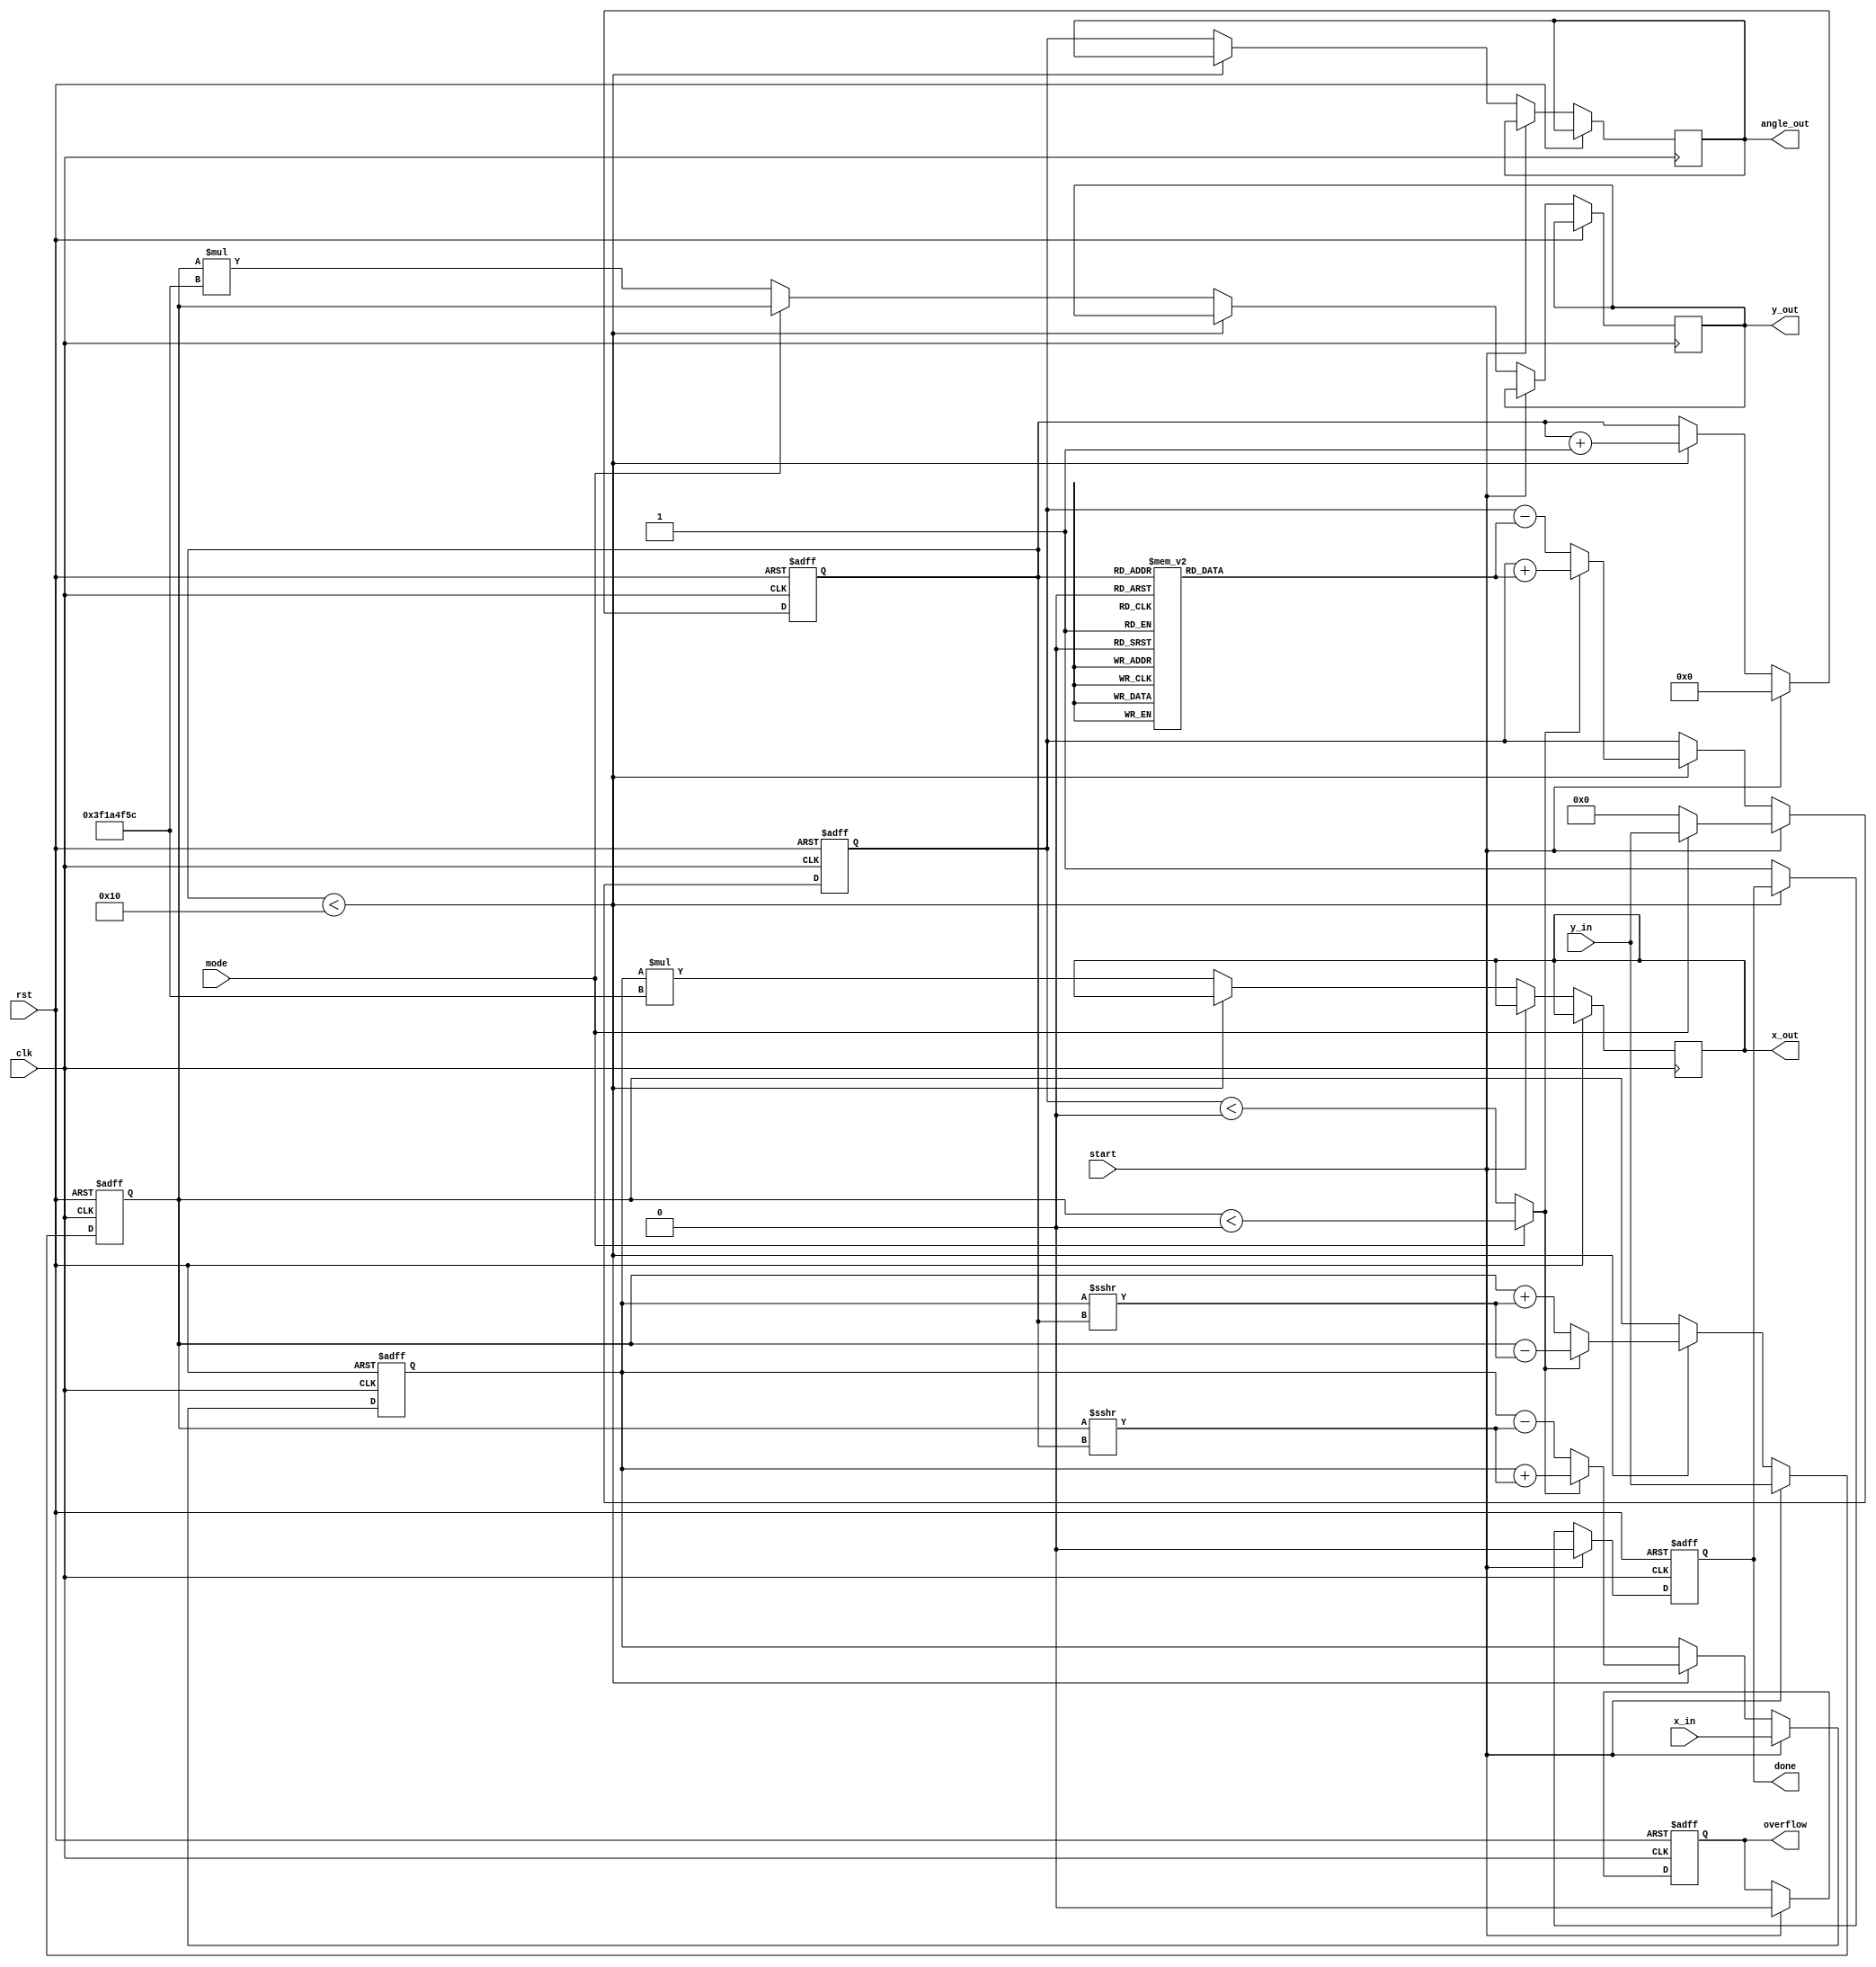
module cordic_floating_point(
    input wire clk,
    input wire rst,
    input wire start,
    input wire [31:0] x_in, // Floating-point input X
    input wire [31:0] y_in, // Floating-point input Y or Z
    input wire mode,        // 0 for rotation, 1 for vectoring
    output reg [31:0] x_out, // Resulting floating-point X
    output reg [31:0] y_out, // Resulting floating-point Y or magnitude
    output reg [31:0] angle_out, // Resulting angle if vectoring
    output reg done,
    output reg overflow
);

// Parameters
parameter N = 16; // Number of CORDIC iterations
parameter SCALE = 32'h3F1A4F5C; // Scaling factor (approx. 0.607252935)

reg signed [31:0] x_reg, y_reg, z_reg; // Intermediate values
reg [3:0] iteration; // Iteration count
reg [31:0] angles [0:N-1]; // Angle lookup table
reg direction;

// Initialize angle LUT
initial begin
    angles[0] = 32'h3F490FDB; // arctan(2^-0)
    angles[1] = 32'h3F22F983; // arctan(2^-1)
    angles[2] = 32'h3F0C90E0; // arctan(2^-2)
    // Continue initializing angles...
    angles[3] = 32'h3EDC2282; // arctan(2^-3)
    angles[4] = 32'h3EBB5D63; // arctan(2^-4)
    angles[5] = 32'h3E98C4D6; // arctan(2^-5)
    angles[6] = 32'h3E73C16D; // arctan(2^-6)
    angles[7] = 32'h3E56E8B1; // arctan(2^-7)
    angles[8] = 32'h3E38C9DB; // arctan(2^-8)
    angles[9] = 32'h3E1D5804; // arctan(2^-9)
    angles[10] = 32'h3E0E65F0; // arctan(2^-10)
    angles[11] = 32'h3DFD28F8; // arctan(2^-11)
    angles[12] = 32'h3DE22B29; // arctan(2^-12)
    angles[13] = 32'h3DCD0A5C; // arctan(2^-13)
    angles[14] = 32'h3DB7B9B8; // arctan(2^-14)
    angles[15] = 32'h3D6A4B7A; // arctan(2^-15)
end

always @(posedge clk or posedge rst) begin
    if (rst) begin
        x_reg <= 0;
        y_reg <= 0;
        z_reg <= 0;
        iteration <= 0;
        done <= 0;
        overflow <= 0;
    end else if (start) begin
        // Initial values
        x_reg <= x_in;
        y_reg <= y_in;
        z_reg <= mode ? y_in : 0; // Set Z for vectoring mode
        iteration <= 0;
        done <= 0;
        overflow <= 0;
    end else if (iteration < N) begin
        // CORDIC iterations
        direction = (mode == 0) ? (z_reg < 0) : (y_reg < 0);
        if (direction) begin
            x_reg <= x_reg + (y_reg >>> iteration);
            y_reg <= y_reg - (x_reg >>> iteration);
            z_reg <= z_reg + angles[iteration];
        end else begin
            x_reg <= x_reg - (y_reg >>> iteration);
            y_reg <= y_reg + (x_reg >>> iteration);
            z_reg <= z_reg - angles[iteration];
        end
        iteration <= iteration + 1;
    end else begin
        // Last stage: normalize output
        if (mode) begin // Vectoring
            x_out <= x_reg * SCALE; // Normalize magnitude with scaling factor
            y_out <= y_reg;
            angle_out <= z_reg;
        end else begin // Rotation
            x_out <= x_reg * SCALE;
            y_out <= y_reg * SCALE;
            angle_out <= z_reg;
        end
        done <= 1; // Set done flag
    end
end

endmodule